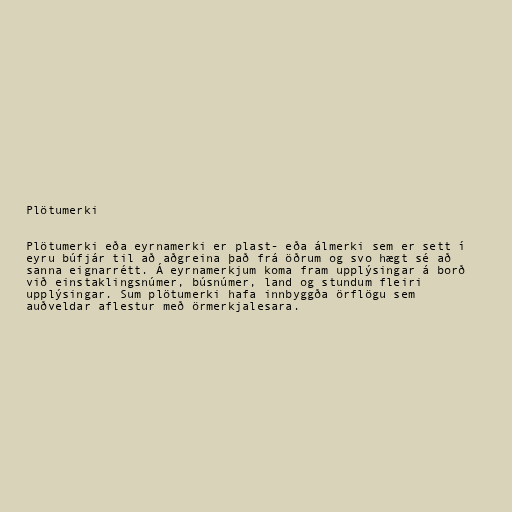
Plötumerki

Plötumerki eða eyrnamerki er plast- eða álmerki sem er sett í
eyru búfjár til að aðgreina það frá öðrum og svo hægt sé að
sanna eignarrétt. Á eyrnamerkjum koma fram upplýsingar á borð
við einstaklingsnúmer, búsnúmer, land og stundum fleiri
upplýsingar. Sum plötumerki hafa innbyggða örflögu sem
auðveldar aflestur með örmerkjalesara.